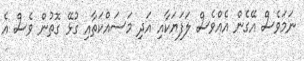
ނަމަވެސް އޭގެން އެއްވެސް ލަފަޔަކާއި އަދި މަސައްކަތާއި ގުޅޭ ގޮތުން ވެސް އެ